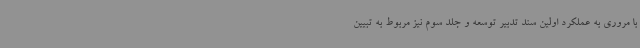
با مروری به عملکرد اولین سند تدبیر توسعه و جلد سوم نیز مربوط به تبیین